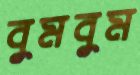
বুমবুম